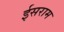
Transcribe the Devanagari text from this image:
ईसराम